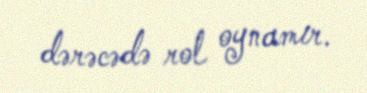
dərəcədə rol oynamır.